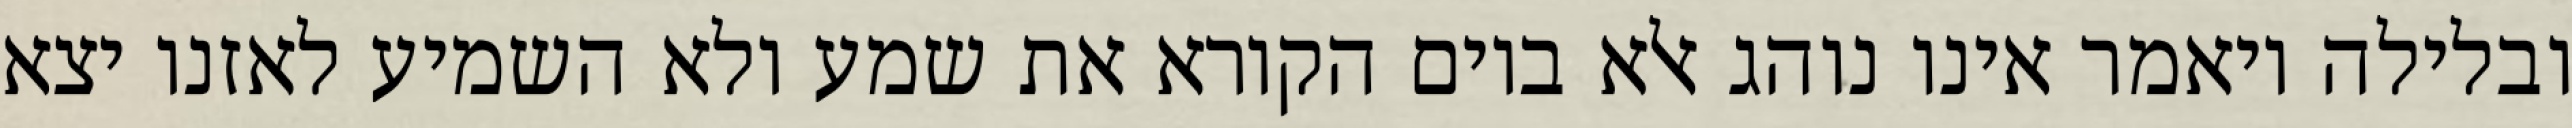
ובלילה ויאמר אינו נוהג אלא ביום הקורא את שמע ולא השמיע לאזנו יצא